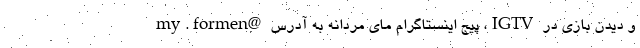
و دیدن بازی در IGTV، پیج اینستاگرام مای مردانه به آدرس @my.formen